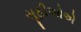
સૂફીઓએ